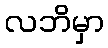
လဘိမှာ